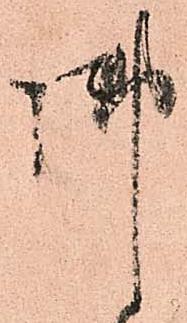
御